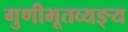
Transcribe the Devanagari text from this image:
गुणीभूतव्यङ्य